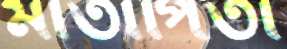
মাতাপিতা